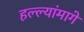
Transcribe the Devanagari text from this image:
हल्ल्यांमागे